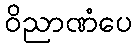
ဝိညာဏံပေ